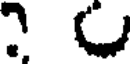
?